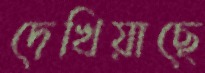
দেখিয়াছে